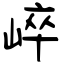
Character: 崪